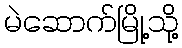
မဲဆောက်မြို့သို့